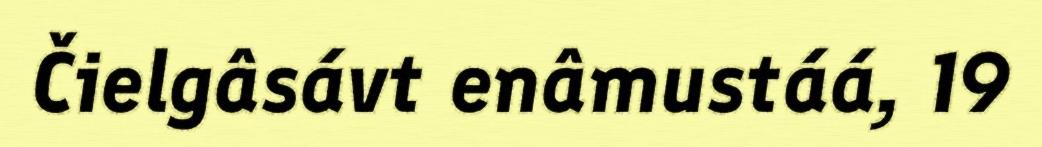
Čielgâsávt enâmustáá, 19